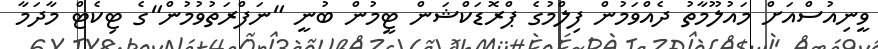
ވީނިއުސްއަށް މައުލޫމާތު ދެއްވަމުން ފިލްމުގެ ޕްރޮޑަކްޝަން ޓީމުން ބުނީ "ނަފްރަތުވުމުން"ގެ ޓިކެޓް މާދަމާ